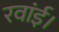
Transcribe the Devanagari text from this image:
रवांई।